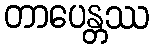
တာပေန္တဿ